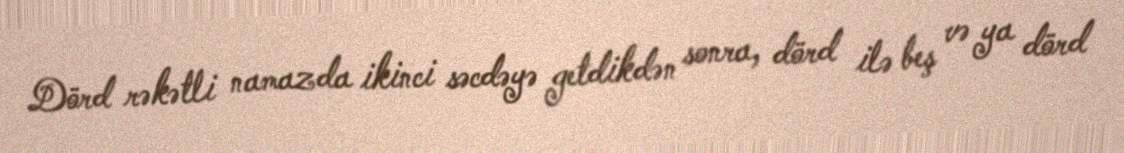
Dörd rəkətli namazda ikinci səcdəyə getdikdən sonra, dörd ilə beş və ya dörd